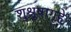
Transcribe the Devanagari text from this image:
शुश्रूषागृहे